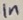
Text: 1n